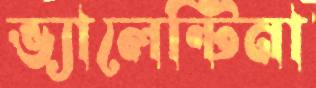
ভ্যালেন্টিনা